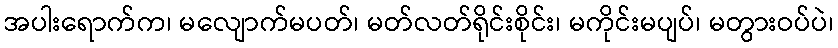
အပါးရောက်က၊ မလျောက်မပတ်၊ မတ်လတ်ရိုင်းစိုင်း၊ မကိုင်းမပျပ်၊ မတွားဝပ်ပဲ၊